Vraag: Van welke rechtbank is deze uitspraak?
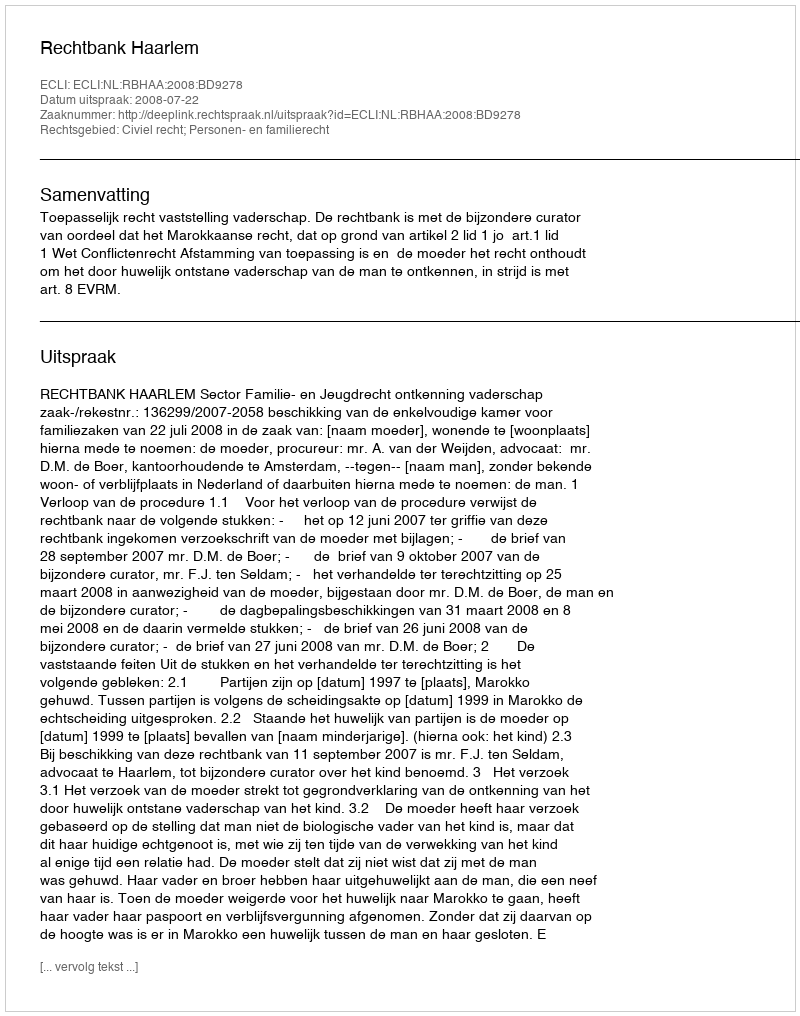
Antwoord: Rechtbank Haarlem